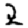
Digit: 2